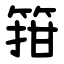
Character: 箝